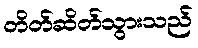
တိတ်ဆိတ်သွားသည်